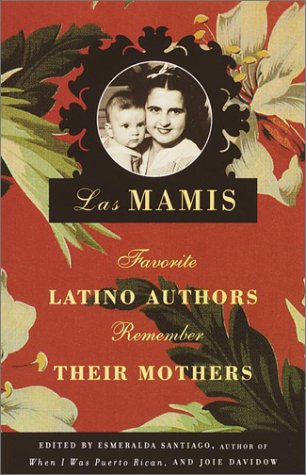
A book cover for Las Mamis; Biographies & Memoirs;